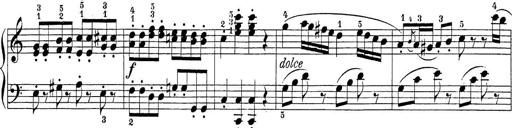
Title: Sonatina Album
Composer: Louis KÃ¶hler